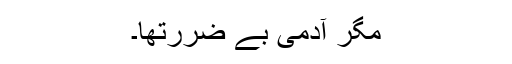
مگر آدمی بے ضررتھا۔